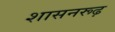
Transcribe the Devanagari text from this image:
शासनरूढ़